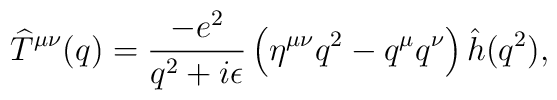
\widehat T^{\mu\nu}(q) = {-e^2\over q^2 + i\epsilon}\left(\eta^{\mu\nu}q^2 - q^{\mu}q^{\nu}\right)\hat h(q^2),